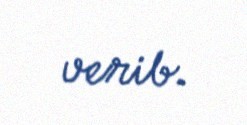
verib.